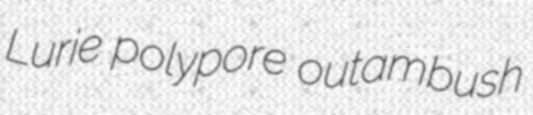
Lurie polypore outambush